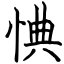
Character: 㥏